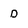
Character: D